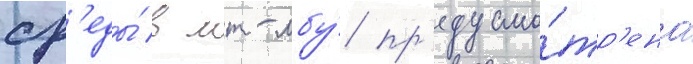
ср'еды́ в мт-лбу́ пр'едусмо́тр'ена